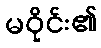
မဝိုင်း၏